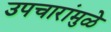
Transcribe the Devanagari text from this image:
उपचारांमुळे